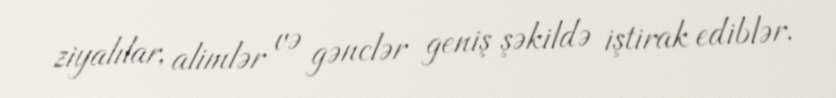
ziyalılar, alimlər və gənclər geniş şəkildə iştirak ediblər.